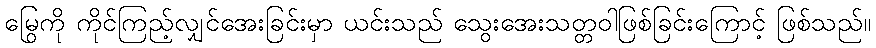
မြွေကို ကိုင်ကြည့်လျှင်အေးခြင်းမှာ ယင်းသည် သွေးအေးသတ္တဝါဖြစ်ခြင်းကြောင့် ဖြစ်သည်။